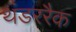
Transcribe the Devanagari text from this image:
थंडररैक